Leningradi_Edasi_toimetus, lk 46
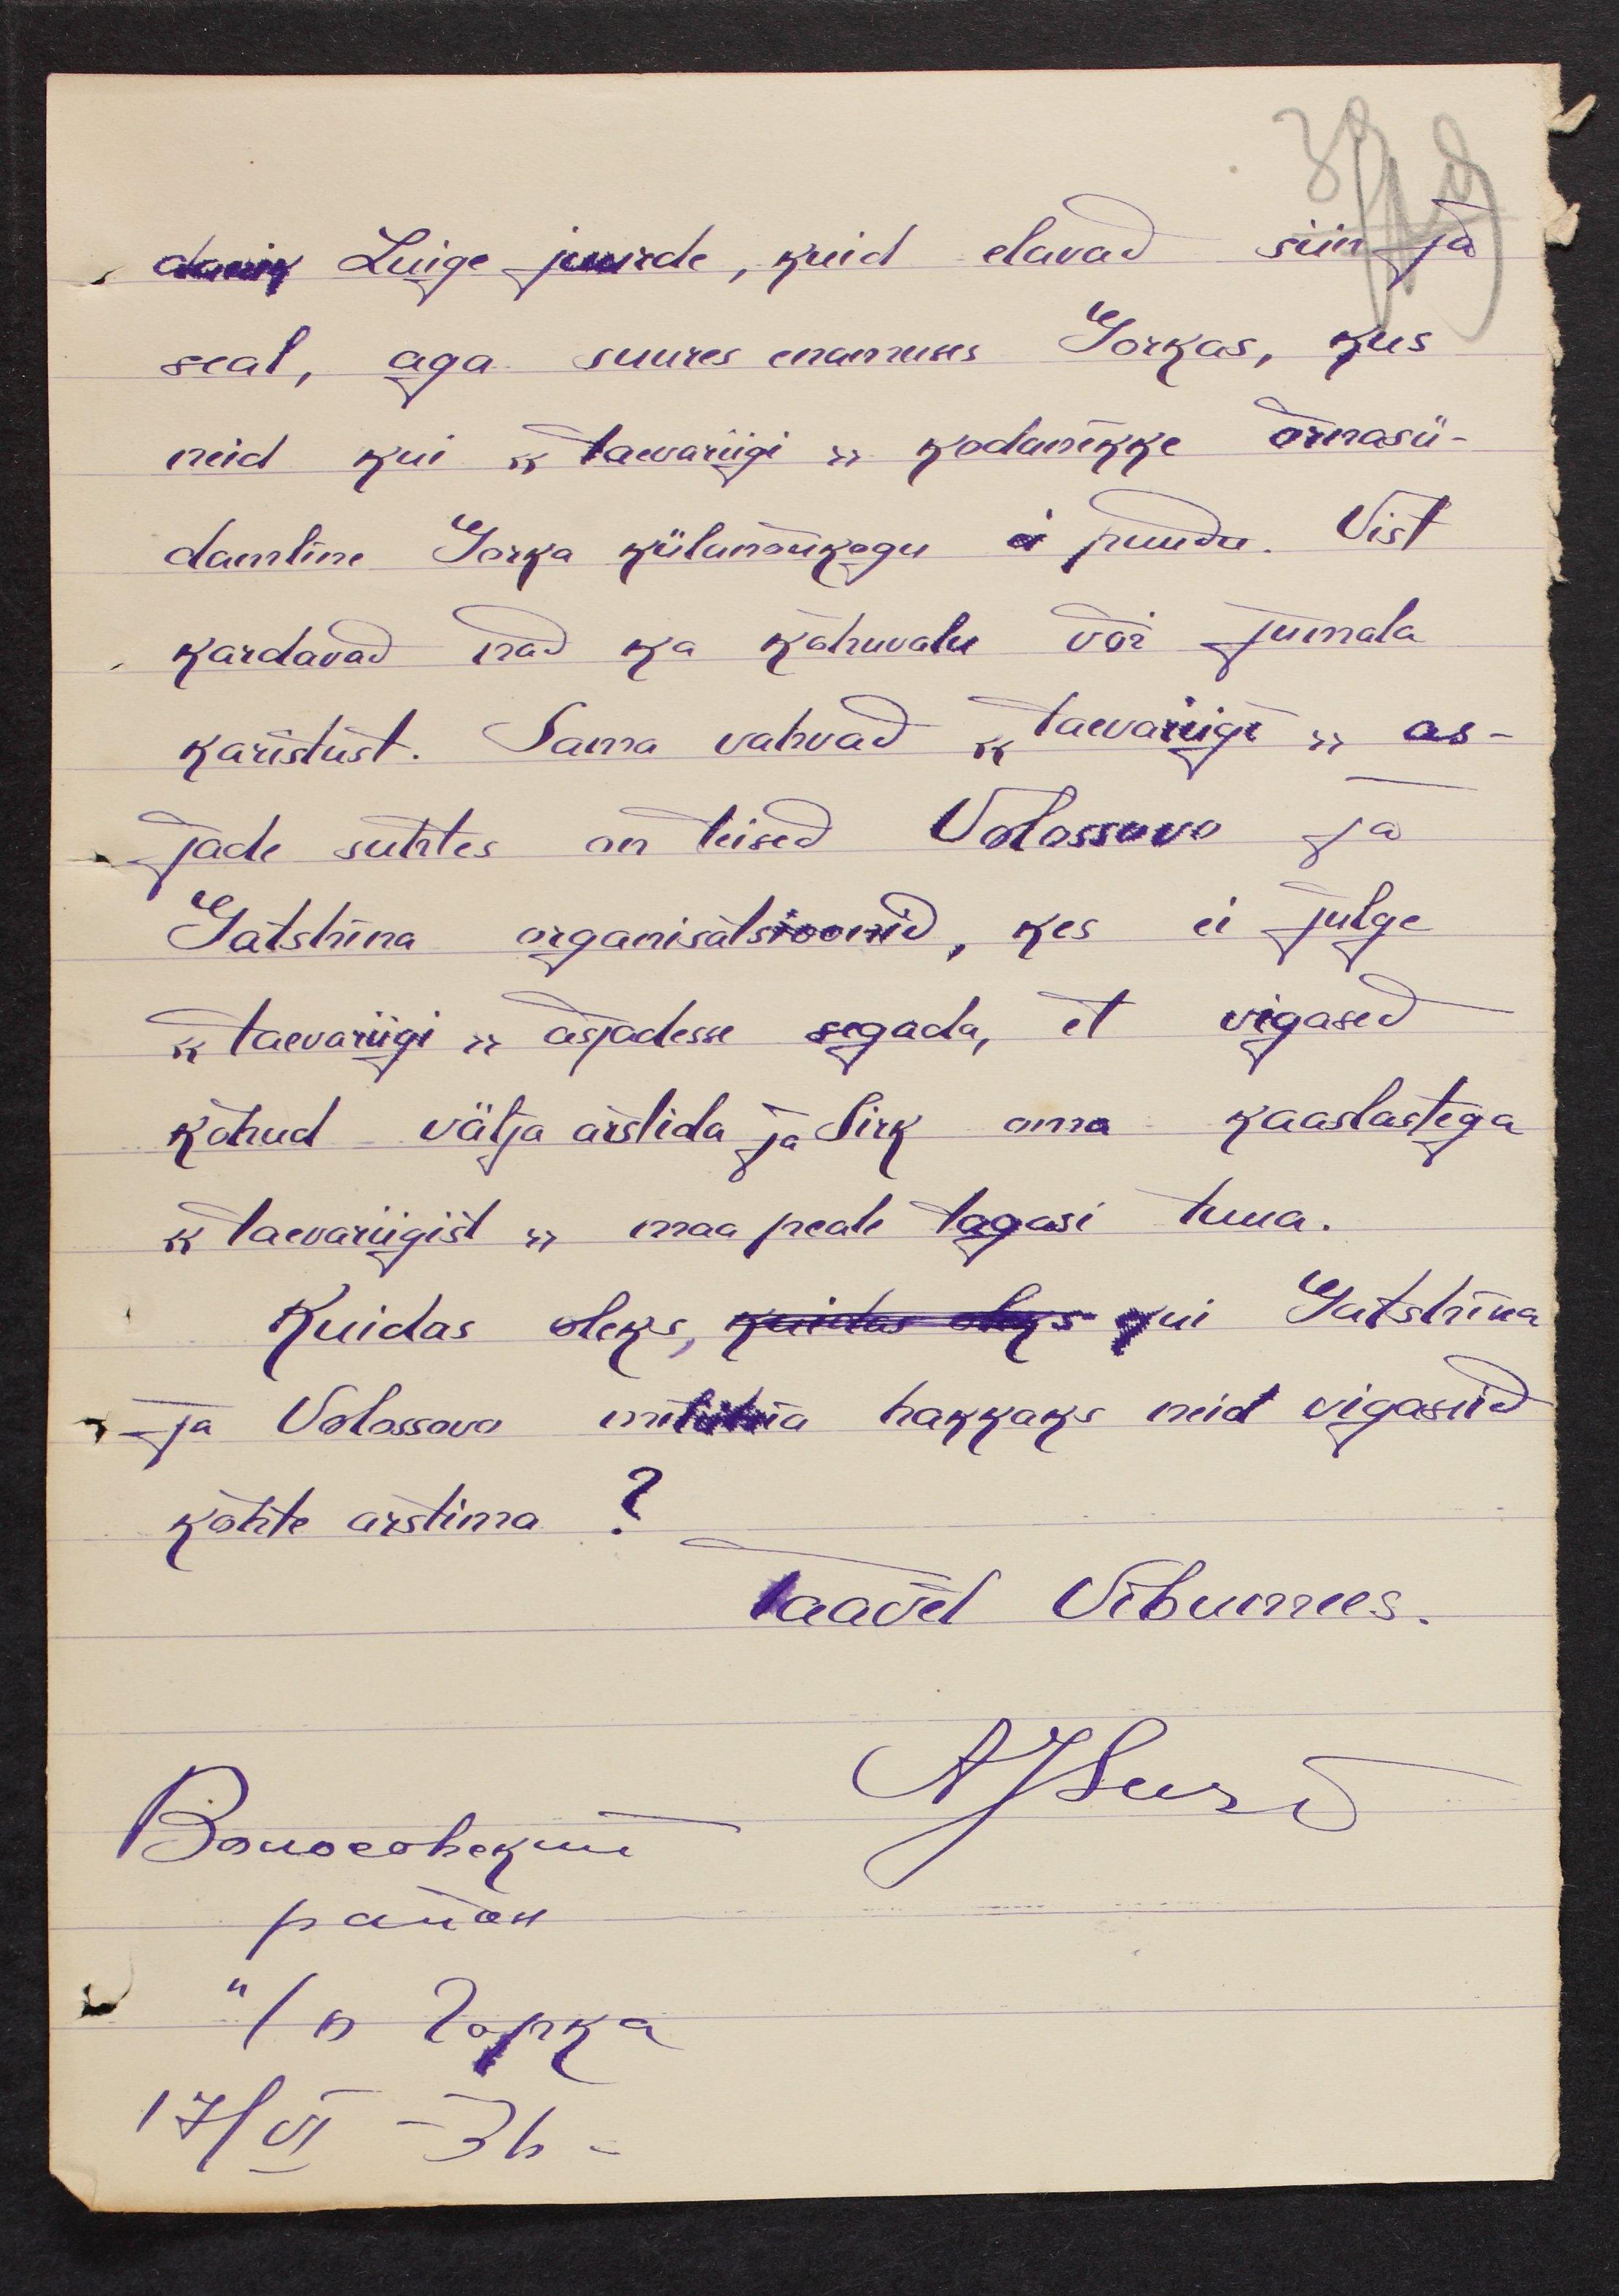
danik Luige juurde, kuid elavad siin ja
seal, aga suures enamuses Gorkas, kus
neid kui "taevariigi" kodanikke õrnasü-
damline Gorka külanõukogu ei puudu. Vist
kardavad isad ka kõhuvalu või jumala
karistust. Sama vahvad "taevariigi" as-
jade suhtes on teised Volassovo ja
Gatshina organisatsioonid, kes ei julge
„taevariigi" asjadesse segada, et vigased
kõhud välja arstida ja Sirk oma kaaslastega
"taevariigist" maa peale tagasi tuua.
Kuidas oleks kuidas elas kui Gatshina
ja Volossova militsia hakkaks neid vigaseid
kõhte arstima?
Taavet Vibumees.
Assus